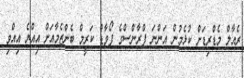
ރެއާލް މެޑްރިޑަށް ކުޅެމުން އަންނަ ފްރާންސްގެ ފޯވާޑް ކަރީމް ބެންޒެމާއަށް އިއްޔެ އިއްވި